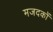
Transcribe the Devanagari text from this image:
मजदकों